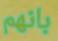
بانهم